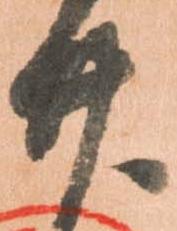
廿